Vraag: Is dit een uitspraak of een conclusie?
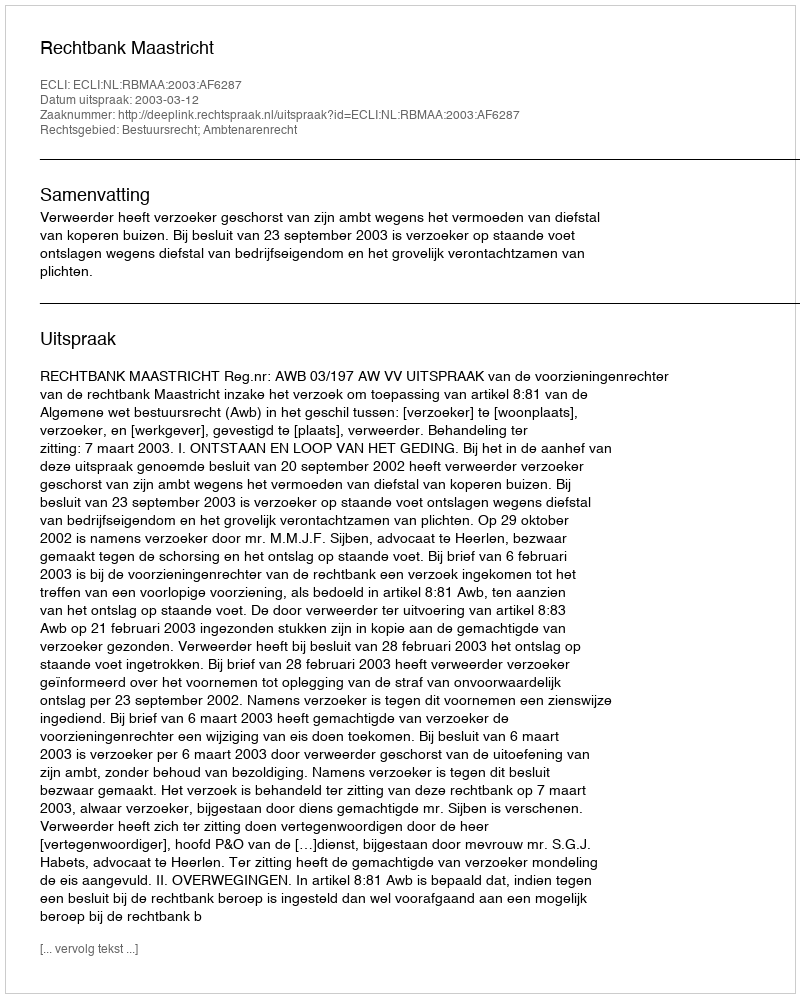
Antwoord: Uitspraak